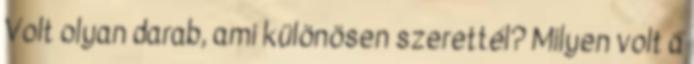
Volt olyan darab, ami különösen szerettél? Milyen volt a